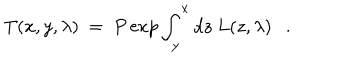
T ( x , y , \lambda ) ~ = ~ P \exp \int _ { y } ^ { x } d z ~ L ( z , \lambda ) .